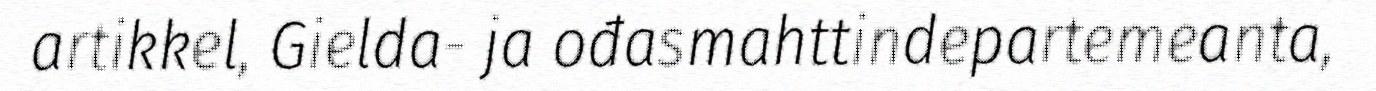
artikkel, Gielda- ja ođasmahttindepartemeanta,